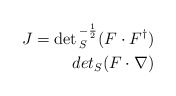
\begin{align*}J = \det{}_S^{- {1 \over 2}} (F\cdot F^{\dagger})\\det{}_S(F\cdot \nabla) \end{align*}